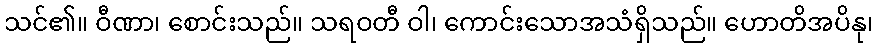
သင်၏။ ဝီဏာ၊ စောင်းသည်။ သရဝတီ ဝါ၊ ကောင်းသောအသံရှိသည်။ ဟောတိအပိနု၊